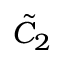
{ \tilde { C } } _ { 2 }